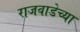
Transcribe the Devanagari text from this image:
राजवाडेच्या